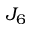
J _ { 6 }